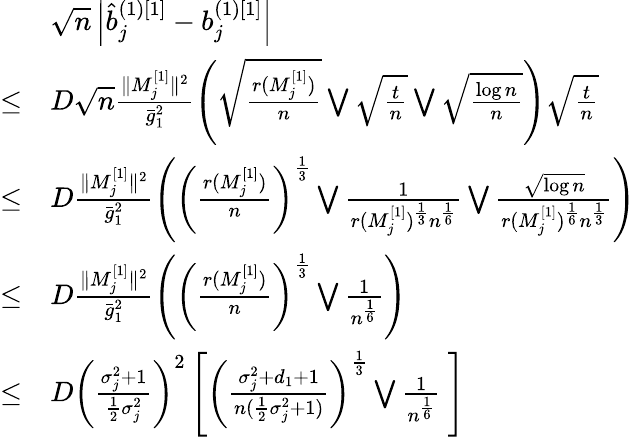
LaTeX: \begin{array}{rl}&{\sqrt{n}\left|\hat{b}_{j}^{(1)[1]}-b_{j}^{(1)[1]}\right|}\\ {\le}&{D\sqrt{n}\frac{\| M_{j}^{[1]}\| ^{2}}{\bar{g}_{1}^{2}}\left(\sqrt{\frac{r(M_{j}^{[1]})}{n}}\bigvee\sqrt{\frac{t}{n}}\bigvee\sqrt{\frac{\log n}{n}}\right)\sqrt{\frac{t}{n}}}\\ {\le}&{D\frac{\| M_{j}^{[1]}\| ^{2}}{\bar{g}_{1}^{2}}\left(\left(\frac{r(M_{j}^{[1]})}{n}\right)^{\frac{1}{3}}\bigvee\frac{1}{r(M_{j}^{[1]})^{\frac{1}{3}}n^{\frac{1}{6}}}\bigvee\frac{\sqrt{\log n}}{r(M_{j}^{[1]})^{\frac{1}{6}}n^{\frac{1}{3}}}\right)}\\ {\le}&{D\frac{\| M_{j}^{[1]}\| ^{2}}{\bar{g}_{1}^{2}}\left(\left(\frac{r(M_{j}^{[1]})}{n}\right)^{\frac{1}{3}}\bigvee\frac{1}{n^{\frac{1}{6}}}\right)}\\ {\le}&{D\left(\frac{\sigma_{j}^{2}+1}{\frac{1}{2}\sigma_{j}^{2}}\right)^{2}\left[\left(\frac{\sigma_{j}^{2}+d_{1}+1}{n(\frac{1}{2}\sigma_{j}^{2}+1)}\right)^{\frac{1}{3}}\bigvee\frac{1}{n^{\frac{1}{6}}}\ \right]}\end{array}